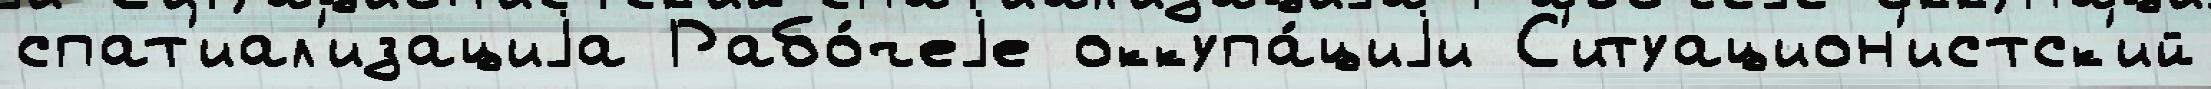
спат'иал'изациjа Рабо́чеjе оккупа́циjи С'итуацион'истск'ий